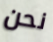
نحن